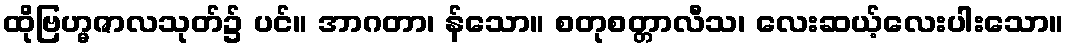
ထိုဗြဟ္မဇာလသုတ်၌ ပင်။ အာဂတာ၊ န်သော။ စတုစတ္တာလီသ၊ လေးဆယ့်လေးပါးသော။